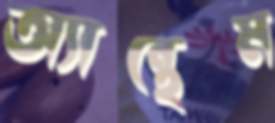
অ্যান্থেম